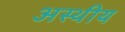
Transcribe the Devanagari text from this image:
अस्थीय